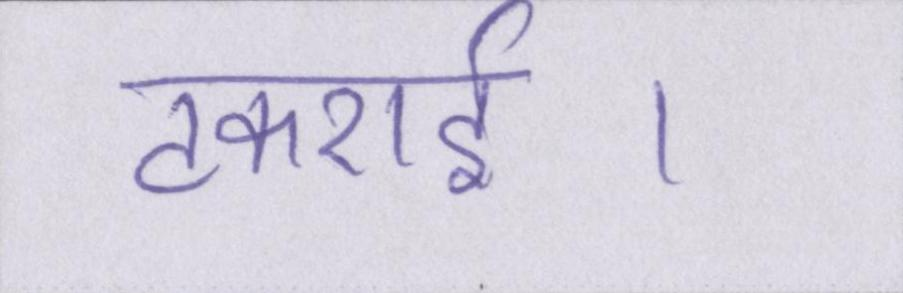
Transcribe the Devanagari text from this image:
टकराई।